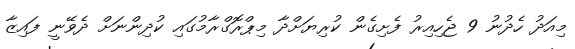
މިއަދު ހެދުނު 9 ޖެހިއިރު ފެށިގެން ކުރިޔަށްދާ މިޕްރޮގްރާމުގައި ކުދިންނަށް ދެވޭނީ ފައިޒާ